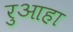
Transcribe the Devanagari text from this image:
रुआहा